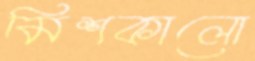
মিশকালো